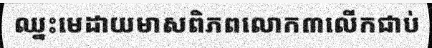
ឈ្នះមេដាយមាសពិភពលោក៣លើកជាប់